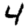
Digit: 4